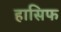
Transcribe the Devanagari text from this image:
हासिफ